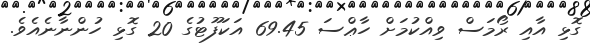
ގޮޅި އާއި ރޯމަސް ވިއްކުމަށް ހާޢްސަ 69.45 އަކަފޫޓުގެ 20 ގޮޅި ހުންނާނެއެވެ.